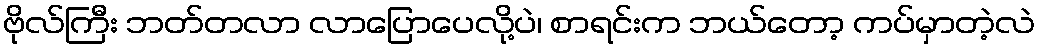
ဗိုလ်ကြီး ဘတ်တလာ လာပြောပေလို့ပဲ၊ စာရင်းက ဘယ်တော့ ကပ်မှာတဲ့လဲ